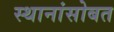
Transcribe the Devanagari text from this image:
स्थानांसोबत